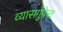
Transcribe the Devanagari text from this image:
व्यासगुंफेत